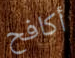
أكافح